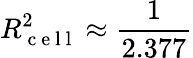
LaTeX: R_{\mathrm{~c~e~l~l~}}^{2}\approx\frac{1}{2.377}